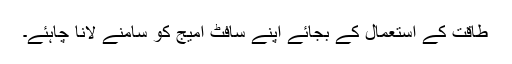
طاقت کے استعمال کے بجائے اپنے سافٹ امیج کو سامنے لانا چاہئے۔